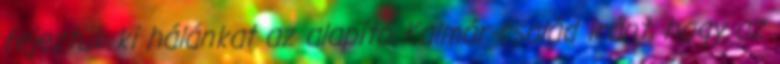
fejeztük ki hálánkat az alapító Kalmár-család iránt, hogy az